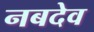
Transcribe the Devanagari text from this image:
नबदेव